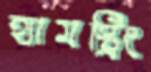
হ্যামস্ট্রিং